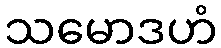
သမောဒဟံ